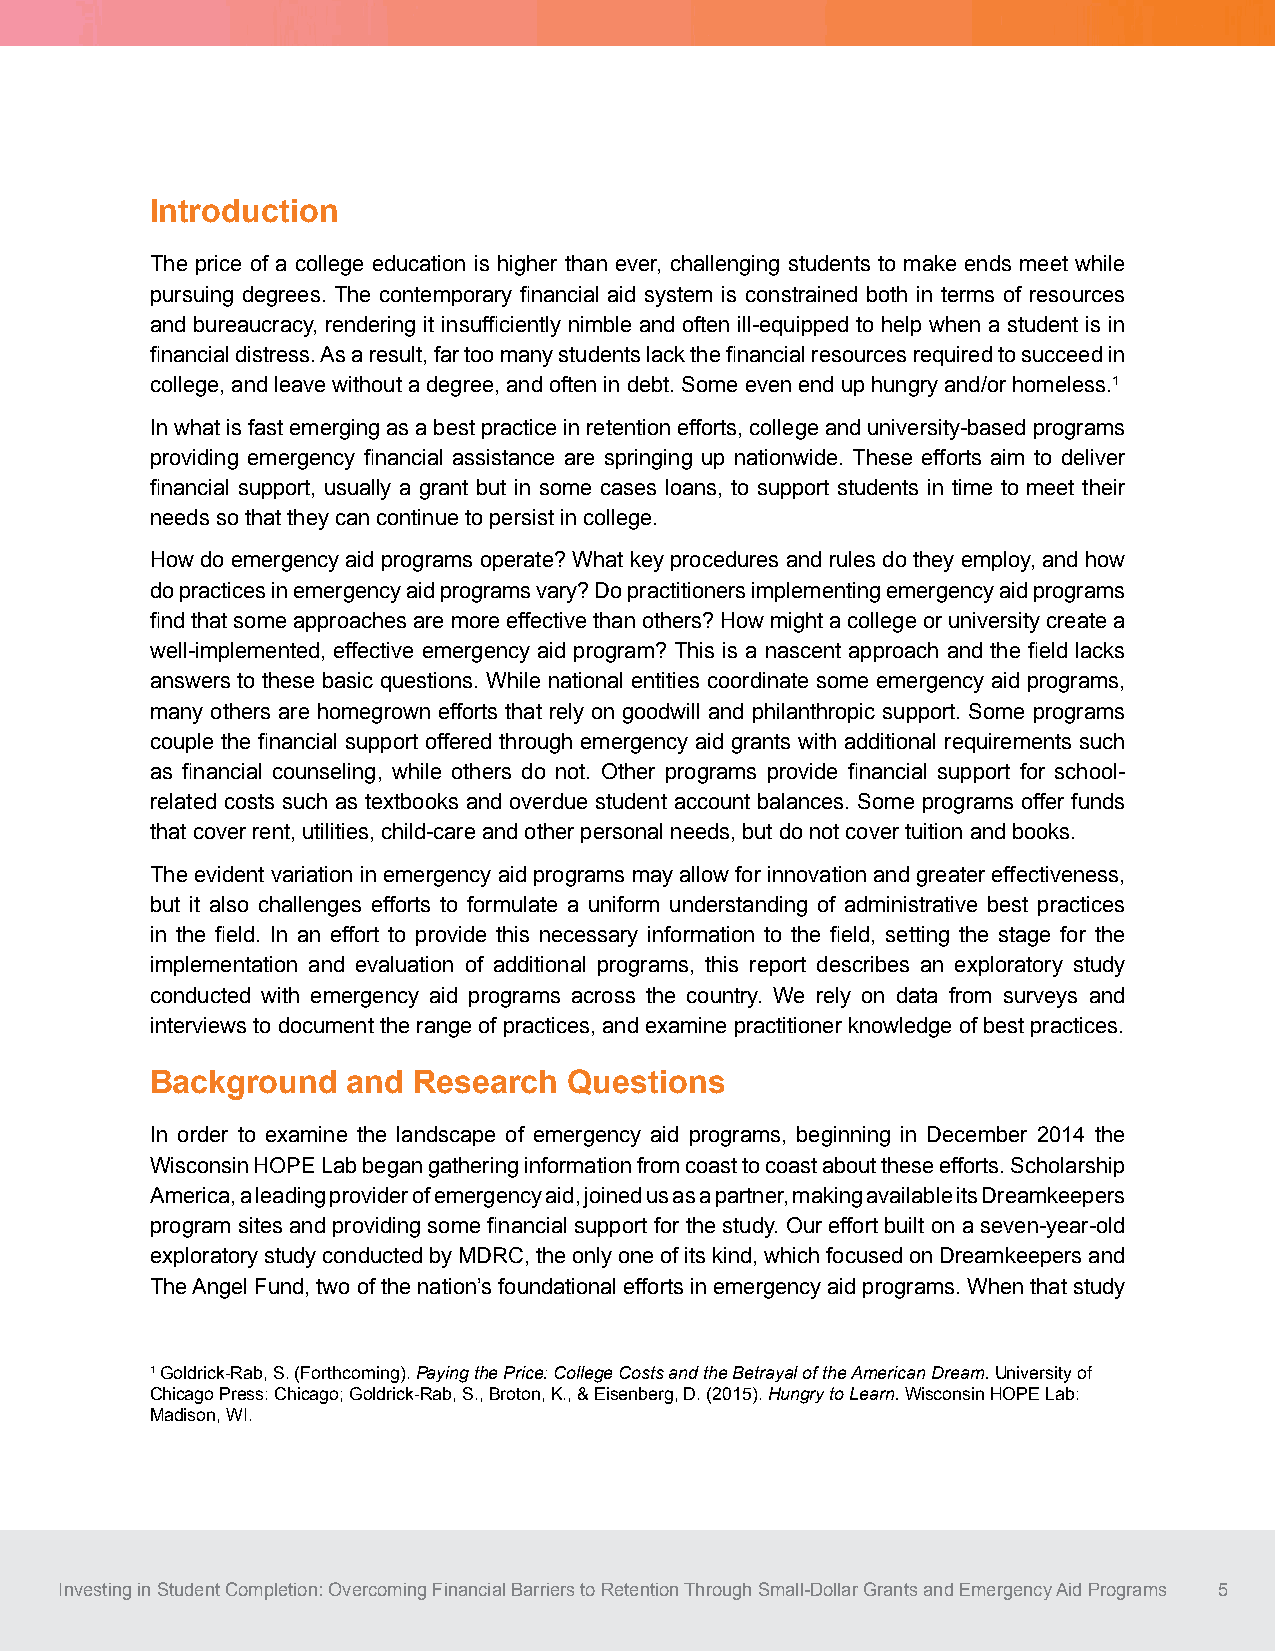
Introduction
 The price of a college education is higher than ever, challenging students to make ends meet while
 pursuing degrees. The contemporary financial aid system is constrained both in terms of resources
 and bureaucracy, rendering it insufficiently nimble and often ill-equipped to help when a student is in
 financial distress. As a result, far too many students lack the financial resources required to succeed in
 college, and leave without a degree, and often in debt. Some even end up hungry and/or homeless.1
 In what is fast emerging as a best practice in retention efforts, college and university-based programs
 providing emergency financial assistance are springing up nationwide. These efforts aim to deliver
 financial support, usually a grant but in some cases loans, to support students in time to meet their
 needs so that they can continue to persist in college.
 How do emergency aid programs operate? What key procedures and rules do they employ, and how
 do practices in emergency aid programs vary? Do practitioners implementing emergency aid programs
 find that some approaches are more effective than others? How might a college or university create a
 well-implemented, effective emergency aid program? This is a nascent approach and the field lacks
 answers to these basic questions. While national entities coordinate some emergency aid programs,
 many others are homegrown efforts that rely on goodwill and philanthropic support. Some programs
 couple the financial support offered through emergency aid grants with additional requirements such
 as financial counseling, while others do not. Other programs provide financial support for school-
 related costs such as textbooks and overdue student account balances. Some programs offer funds
 that cover rent, utilities, child-care and other personal needs, but do not cover tuition and books.
 The evident variation in emergency aid programs may allow for innovation and greater effectiveness,
 but it also challenges efforts to formulate a uniform understanding of administrative best practices
 in the field. In an effort to provide this necessary information to the field, setting the stage for the
 implementation and evaluation of additional programs, this report describes an exploratory study
 conducted with emergency aid programs across the country. We rely on data from surveys and
 interviews to document the range of practices, and examine practitioner knowledge of best practices.
 Background   and Research   Questions
 In order to examine the landscape of emergency aid programs, beginning in December 2014 the
 Wisconsin HOPE Lab began gathering information from coast to coast about these efforts. Scholarship
 America, a leading provider of emergency aid, joined us as a partner, making available its Dreamkeepers
 program sites and providing some financial support for the study. Our effort built on a seven-year-old
 exploratory study conducted by MDRC, the only one of its kind, which focused on Dreamkeepers and
 The Angel Fund, two of the nation’s foundational efforts in emergency aid programs. When that study
 1 Goldrick-Rab, S. (Forthcoming). Paying the Price: College Costs and the Betrayal of the American Dream. University of
 Chicago Press: Chicago; Goldrick-Rab, S., Broton, K., & Eisenberg, D. (2015). Hungry to Learn. Wisconsin HOPE Lab:
 Madison, WI.
 Investing in Student Completion: Overcoming Financial Barriers to Retention Through Small-Dollar Grants and Emergency Aid Programs 5